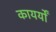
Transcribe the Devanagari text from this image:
कायर्यों